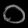
Digit: ၀